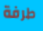
طرفة